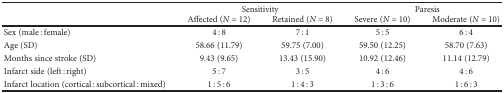
<table><thead><tr><td rowspan="2"></td><td colspan="2"><b>Sensitivity</b></td><td colspan="2"><b>Paresis</b></td></tr><tr><td><b>Affected (<i>N</i> = 12)</b></td><td><b>Retained (<i>N</i> = 8)</b></td><td><b>Severe (<i>N</i> = 10)</b></td><td><b>Moderate (<i>N</i> = 10)</b></td></tr></thead><tbody><tr><td>Sex (male : female)</td><td>4 : 8</td><td>7 : 1</td><td>5 : 5</td><td>6 : 4</td></tr><tr><td>Age (SD)</td><td>58.66 (11.79)</td><td>59.75 (7.00)</td><td>59.50 (12.25)</td><td>58.70 (7.63)</td></tr><tr><td>Months since stroke (SD)</td><td>9.43 (9.65)</td><td>13.43 (15.90)</td><td>10.92 (12.46)</td><td>11.14 (12.79)</td></tr><tr><td>Infarct side (left : right)</td><td>5 : 7</td><td>3 : 5</td><td>4 : 6</td><td>4 : 6</td></tr><tr><td>Infarct location (cortical : subcortical : mixed)</td><td>1 : 5 : 6</td><td>1 : 4 : 3</td><td>1 : 3 : 6</td><td>1 : 6 : 3</td></tr></tbody></table>